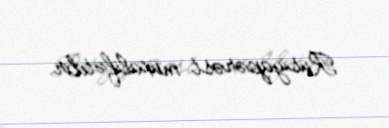
Rusiyapərəst müxalifətdir.